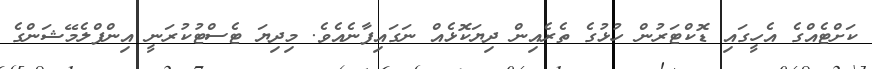
ކަށްޓެއްގެ އެހީގައި ޑޮކްޓަރުން ހުޅުގެ ތެރެއިން ދިޔަކޮޅެއް ނަގައިފާނެއެވެ. މިދިޔަ ޓެސްޓުކުރަނީ އިންފްލެމޭޝަންގެ